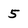
Character: 5